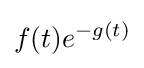
f(t)e^{-g(t)}